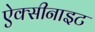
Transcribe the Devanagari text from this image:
ऐक्सीनाइट